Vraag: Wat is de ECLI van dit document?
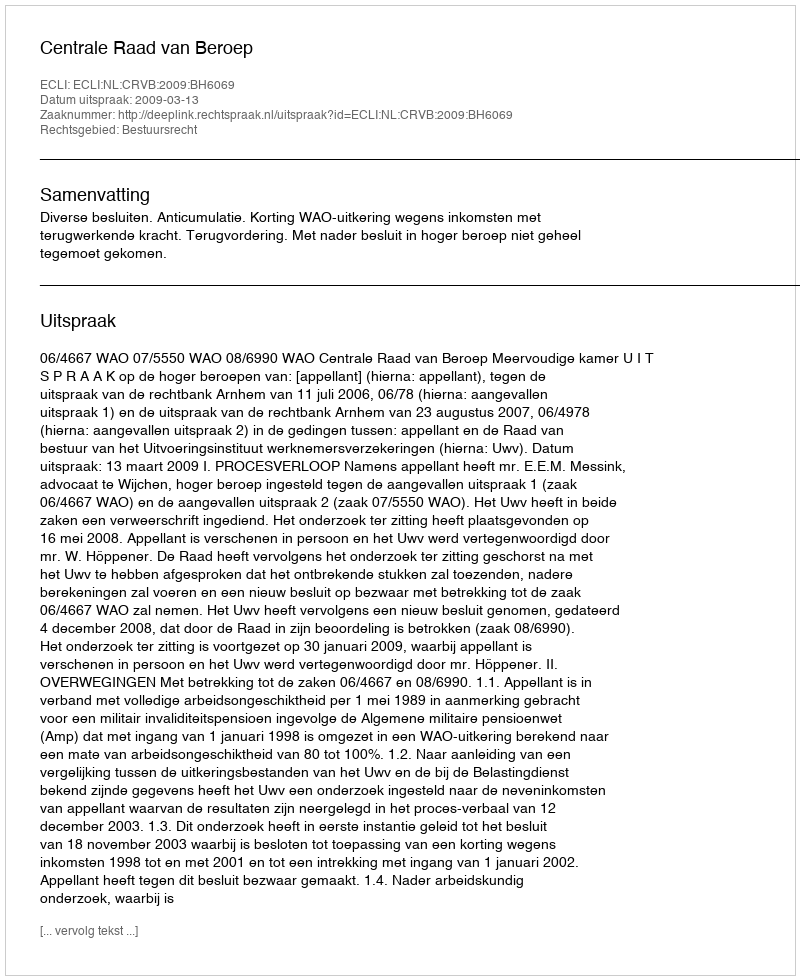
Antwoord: ECLI:NL:CRVB:2009:BH6069